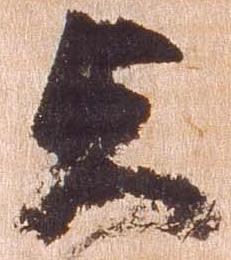
貞